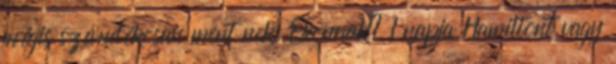
mégis szándékosan ment neki Oconnak? 1 napja Hamiltont vagy